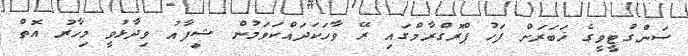
ސަންގުޓީވީގެ ޚަބަރަށް ފަހު ޕްރޮގްރާމްގައި ރޭ ވާހަކަދައްކަވަމުން ޝިފާއު ވިދާޅުވީ މިހާރު އޮތް